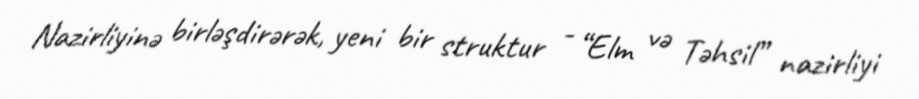
Nazirliyinə birləşdirərək, yeni bir struktur - “Elm və Təhsil” nazirliyi